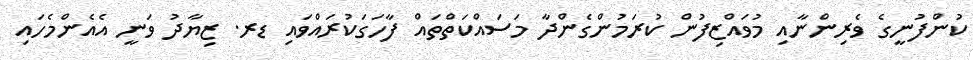
ކުންފުނީގެ ވެރިންނާއި މުވައްޒިފުން ކުރަމުންގެންދާ މަސައްކަތްތައް ފާހަގަކުރައްވައި ޑރ. ޒިޔާދު ވަނީ އެއެންމެހައި